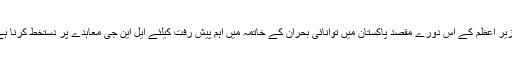
وزیر اعظم کے اس دورے مقصد پاکستان میں توانائی بحران کے خاتمہ میں اہم پیش رفت کیلئے ایل این جی معاہدے پر دستخط کرنا ہے۔